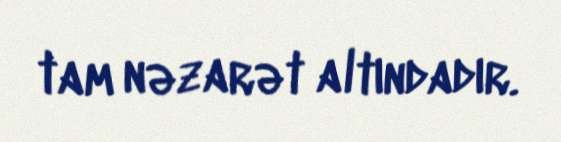
tam nəzarət altındadır.